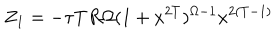
LaTeX: Z _ { 1 } = - \tau T R \Omega ( 1 + x ^ { 2 T } ) ^ { \Omega - 1 } { x ^ { 2 ( T - 1 ) } }